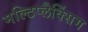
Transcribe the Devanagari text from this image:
मल्टिप्लैक्सिंग